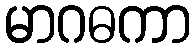
မာဂဓကာ